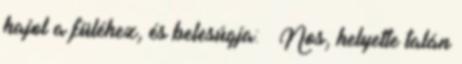
hajol a füléhez, és belesúgja: – Nos, helyette talán